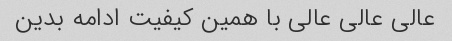
عالی عالی عالی با همین کیفیت ادامه بدین